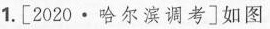
1.[2020·哈尔滨调考]如图